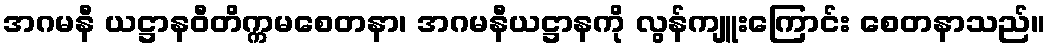
အဂမနီ ယဋ္ဌာနဝီတိက္ကမစေတနာ၊ အဂမနီယဋ္ဌာနကို လွန်ကျူးကြောင်း စေတနာသည်။